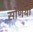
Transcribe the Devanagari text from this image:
सोणेया